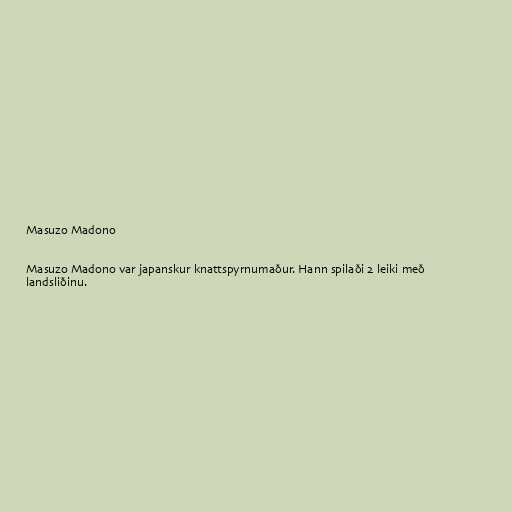
Masuzo Madono

Masuzo Madono var japanskur knattspyrnumaður. Hann spilaði 2 leiki með
landsliðinu.